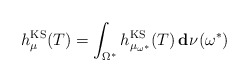
\begin{align*}h^{\mathrm{KS}}_\mu(T)=\int_{\Omega^*} h^{\mathrm{KS}}_{\mu_{\omega^\ast}}(T)\,\mathbf{d}\:\!\nu(\omega^\ast)\end{align*}